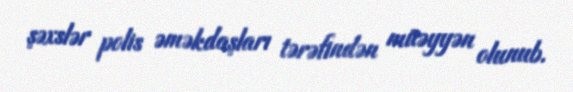
şəxslər polis əməkdaşları tərəfindən müəyyən olunub.